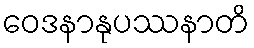
ဝေဒနာနုပဿနာတိ